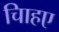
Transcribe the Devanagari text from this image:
चािहए